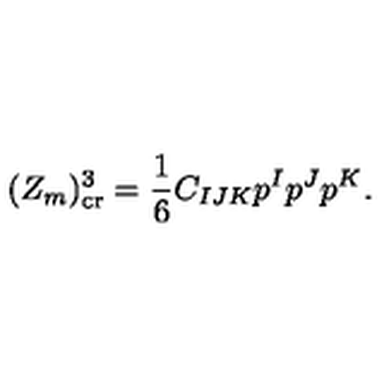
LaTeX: ( Z _ { m } ) _ { \mathrm { c r } } ^ { 3 } = { \frac { 1 } { 6 } } C _ { I J K } p ^ { I } p ^ { J } p ^ { K } .